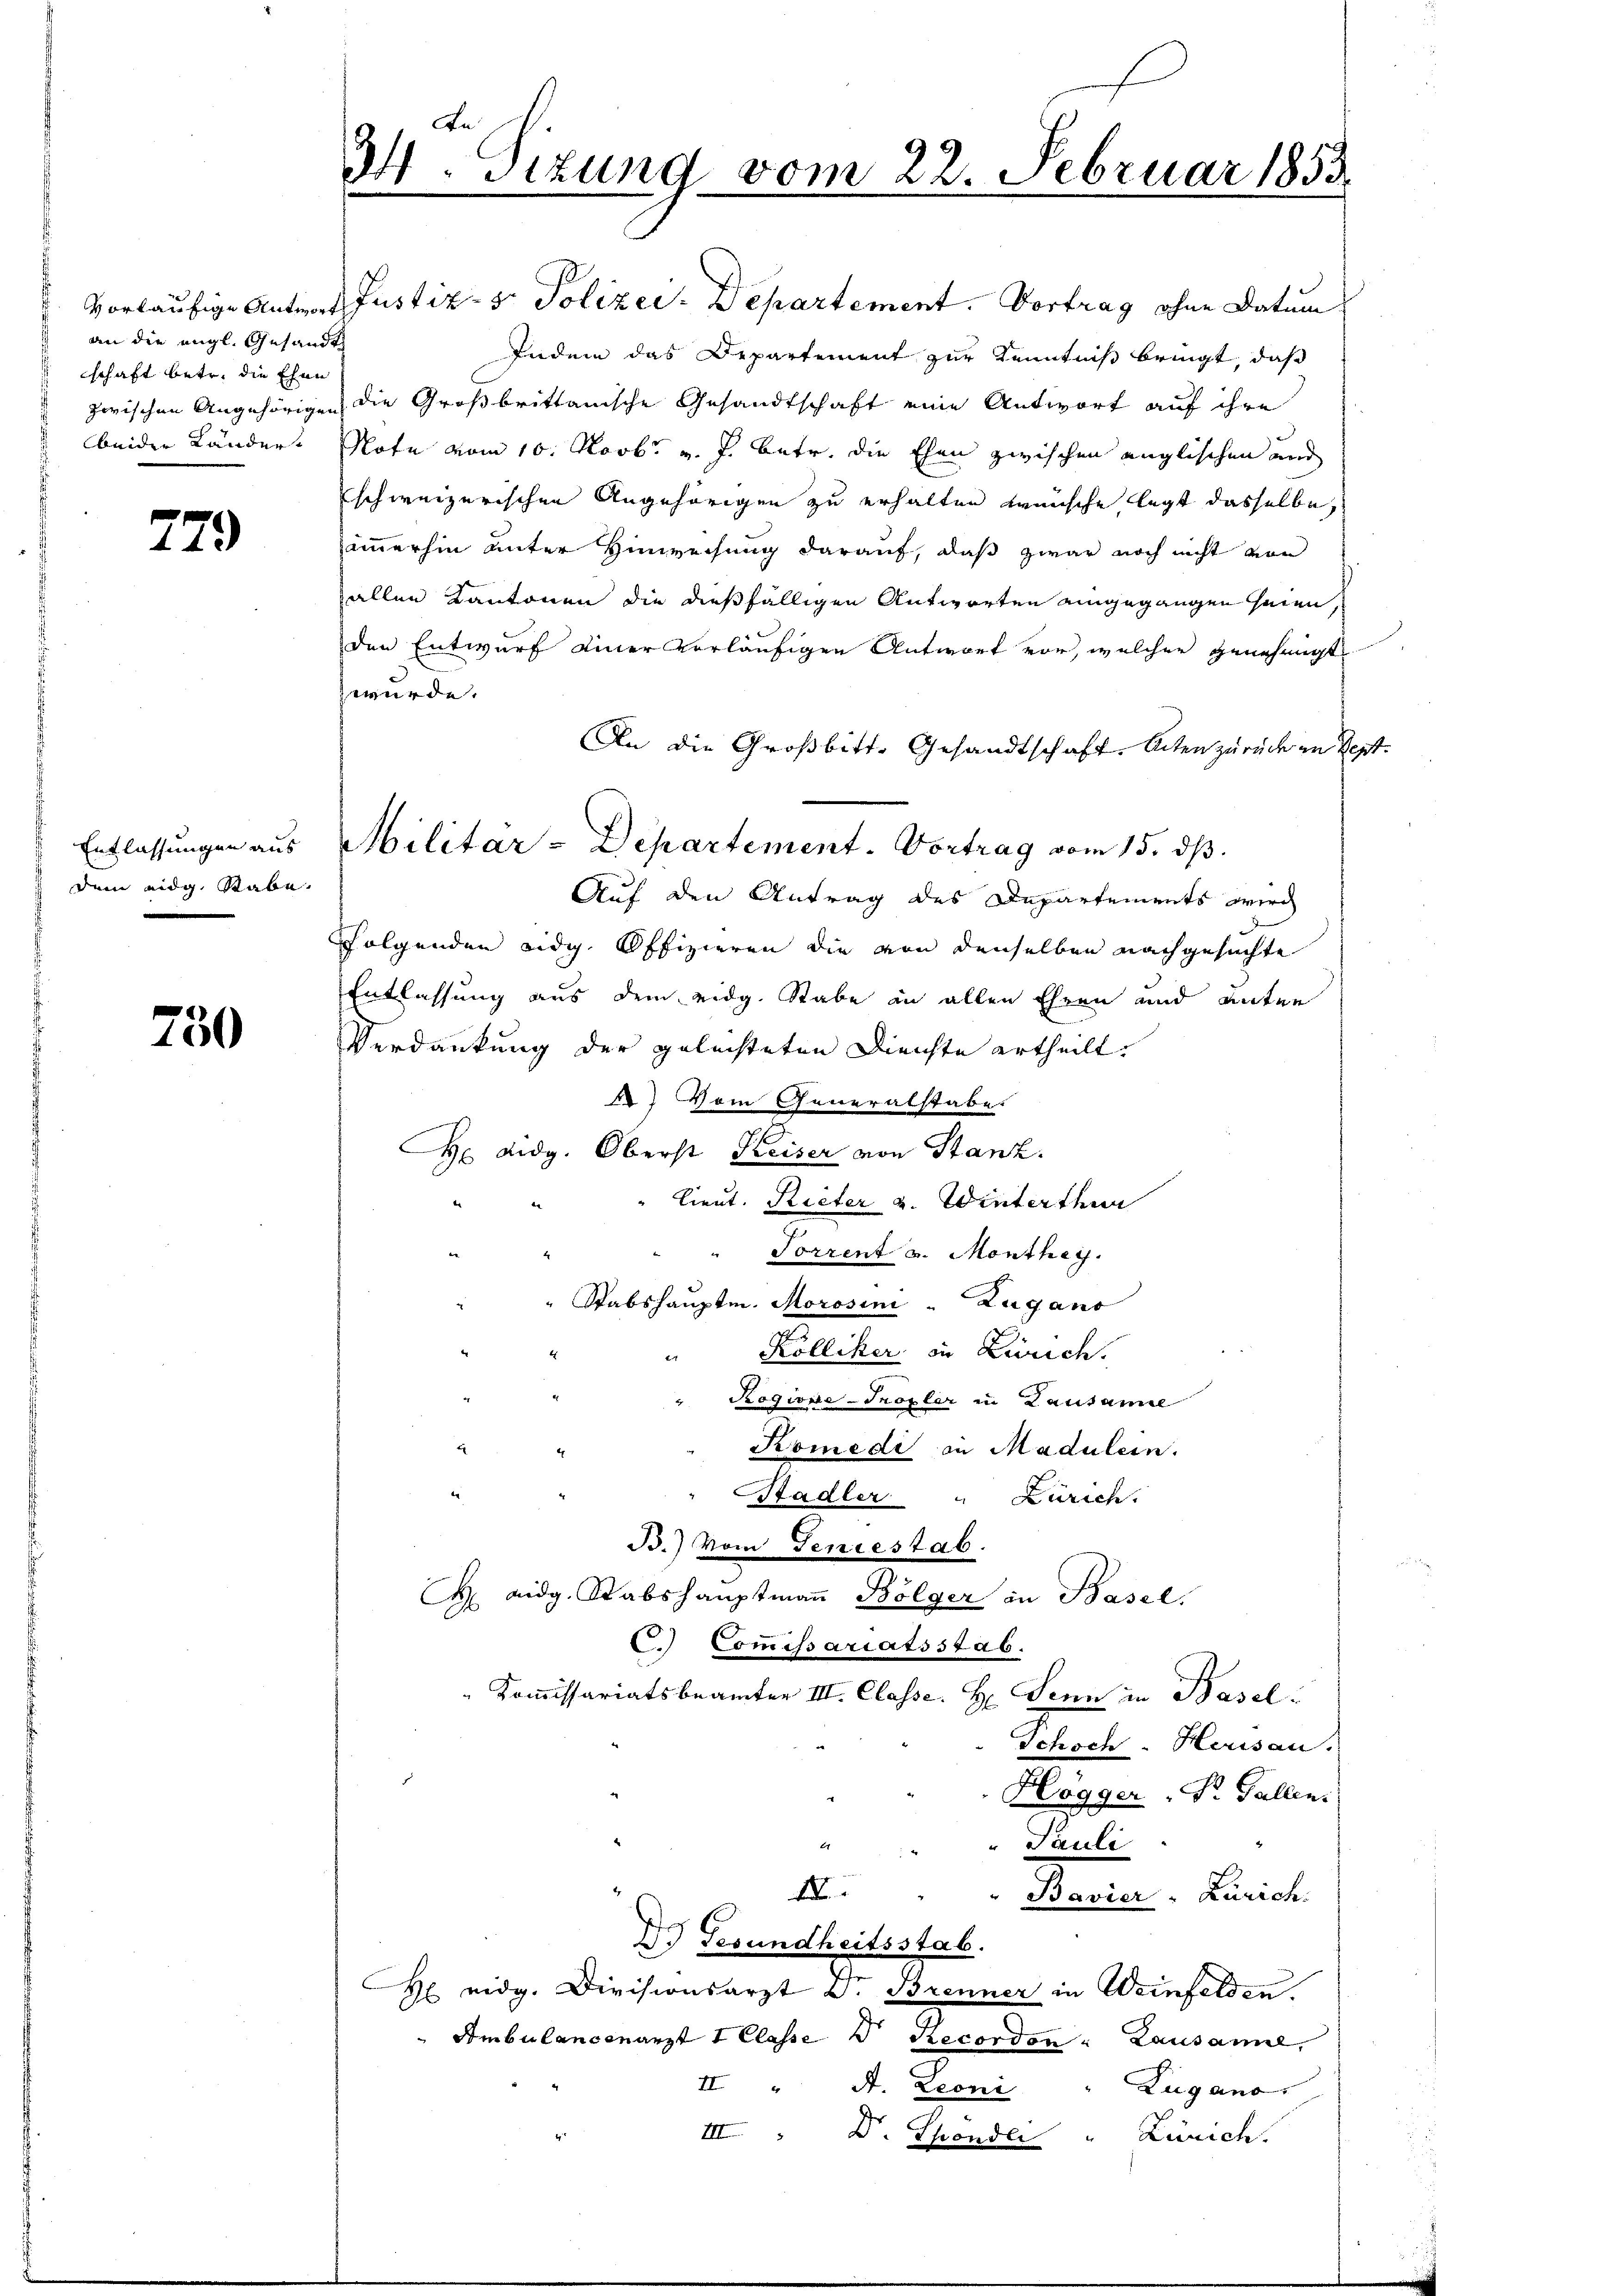
an die engl. Gesandt
schaft betr. die Ehen
beider Ländert

729

Entlassungen aus
dem eidg. Rabe

750

A. Sitzung vom 22. Februar 1853.

vorläufige Antrat Justiz- & Polizei. Departement. Vortrag ohne Datum
Indem das Departement zur Kenntniß bringt, daß
zwischen Angehörigen die Großbrittanische Gesandtschaft eine Antwort auf ihre
Note vom 10. Novbr. v. J. betr. die Ehen zwischen englischen und
schweizerischen Angehörigen zu erhalten wünsche, legt dasselbe,
immerhin unter Hinweisung darauf, daß zwar noch nicht von
allen Kantonen die dießfälligen Antworten eingegangen seien,
den Entwurf einer vorläufigen Antwort vor, welcher genehmigt
 wurde.
An die Großbitte Gesandtschaft. Acten zurück in des
Auf den Antrag des Departements wird
Folgenden eidg. Offizieren die von denselben nachgesuchte
Entlassung aus dem eidg. Stabe in allen Ehren und unten
Verdankung der gelachteten Dienste ertheilt.
) Vom Generalstabe.
H Didg. Oberst Keiser von Stanz.
lieut. Rieter u. Winterthur
Torrent u. Monthey
" Stabshauptm. Morosini - Zugano
Kölliker in Zürich.
2
" Rogiose - Tropler in Lausamel
Komedi in Madulein.
Stadler " Zürich.
B.) Vom Geniestab.
 eidg. Stabshauptmaṅ Bolger in Basel,
C.) Commissariatsstab.
Kommissariatsbeamter III. Classe. H. Senn in Basel
Schoch. Herisau.
Högger " Dr. Gallen.
Pauli
I
Bavier : Zürich.
D. Gesundheitsstab.
H eidg. Divisionsarzt u. Brenner in Weinfelden.
Ambulansenarzt 1 Classe D. Recorden Lausanne,
II " A. Leoni
Lugano.
III. D. Thonder " Zürich.

Militar-Departement. Vortrag vom 15. ds.